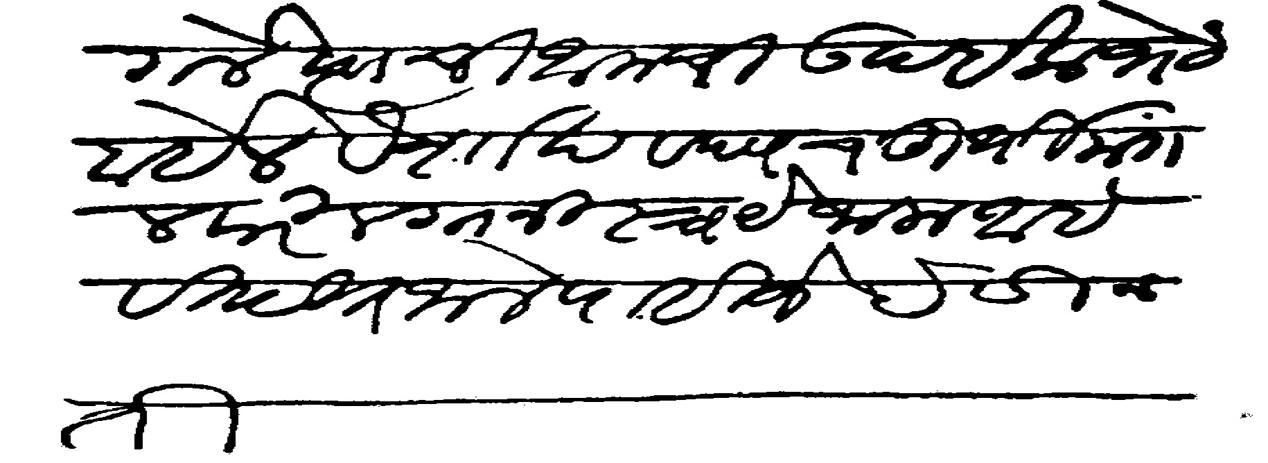
Transliteration (Devanagari): गेले त्याची आमची उदईक भेट होईल वैशाख वदय चतुर्थी मंगलवारी लग्न निश्चय जाला आहे विदीत जाले पाहिजे हे विनती